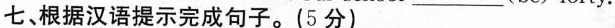
七、根据汉语提示完成句子。(5 分)